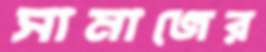
সামাজের